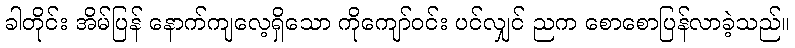
ခါတိုင်း အိမ်ပြန် နောက်ကျလေ့ရှိသော ကိုကျော်ဝင်း ပင်လျှင် ညက စောစောပြန်လာခဲ့သည်။